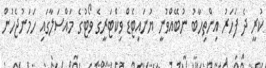
ކުރީ ދެ ފަހަރު އިންތިހާބު ނުބޭއްވުނީ ޔުނައިޓެޑް ވިކްޓަރީގެ ވޯޓުގެ މައްސަލާގައި ހަމަނުޖެހުން